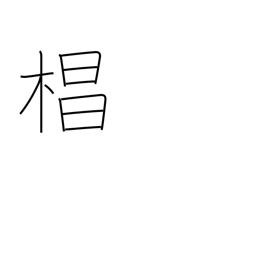
Meaning: Japanese cedar